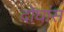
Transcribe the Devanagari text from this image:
दोघांस